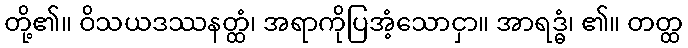
တို့၏။ ဝိသယဒဿနတ္ထံ၊ အရာကိုပြအံ့သောငှာ။ အာရဒ္ဓံ၊ ၏။ တတ္ထ